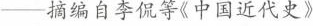
---摘编自李侃等《中国近代史》(2)根据材料并结合所学知识，说明戊戌变法在经济改革方面较洋务运动的变化及其主要原因。(4分)[升级】 表2清末中国民族工业厂矿数及资本合计 商办官办或官商合办中外合办年份|厂矿本|厂矿|资本|厂矿本|厂矿|资本数(元)数|(元)数|(元)|数|(元)1872-1895||25856266 534288 16692608|629370百分比|91|100%69|33.01%64.56%2.43%27084102 261317251896-1911|405 126336356330|57.88%521.44%20.68% |73120529|5百分比 100%30|57.88%|15|21.44%||20.68%年月不详257462190|20|6897550 5564640-摘编自严中平等《中国近代经济史统计资料选辑》(3)根据材料，概括清末中国民族工业厂矿数及资本的发展特点。(4分)【崛起】就经济发展的角度来看，开放较多的口岸与外国贸易，也使中国日益卷入世界经济体系之中；借此与西方接触的增加，也使西方的现代科技得以传入，而用之于中国工矿交通各方面的发展。摘选自王建朗、黄克武《两岸新编中国近代史》(4)综合上述材料，论证”中国近代化的出现具有历史必然性”。(6分)(要求：史论结合，逻辑严密)